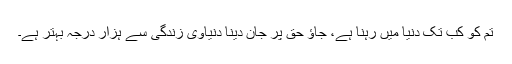
تم کو کب تک دنیا میں رہنا ہے، جاؤ حق پر جان دینا دنیاوی زندگی سے ہزار درجہ بہتر ہے۔